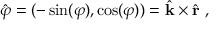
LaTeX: { \hat { \boldsymbol { \varphi } } } = ( - \sin ( \varphi ) , \cos ( \varphi ) ) = { \hat { \mathbf { k } } } \times { \hat { \mathbf { r } } } \ ,